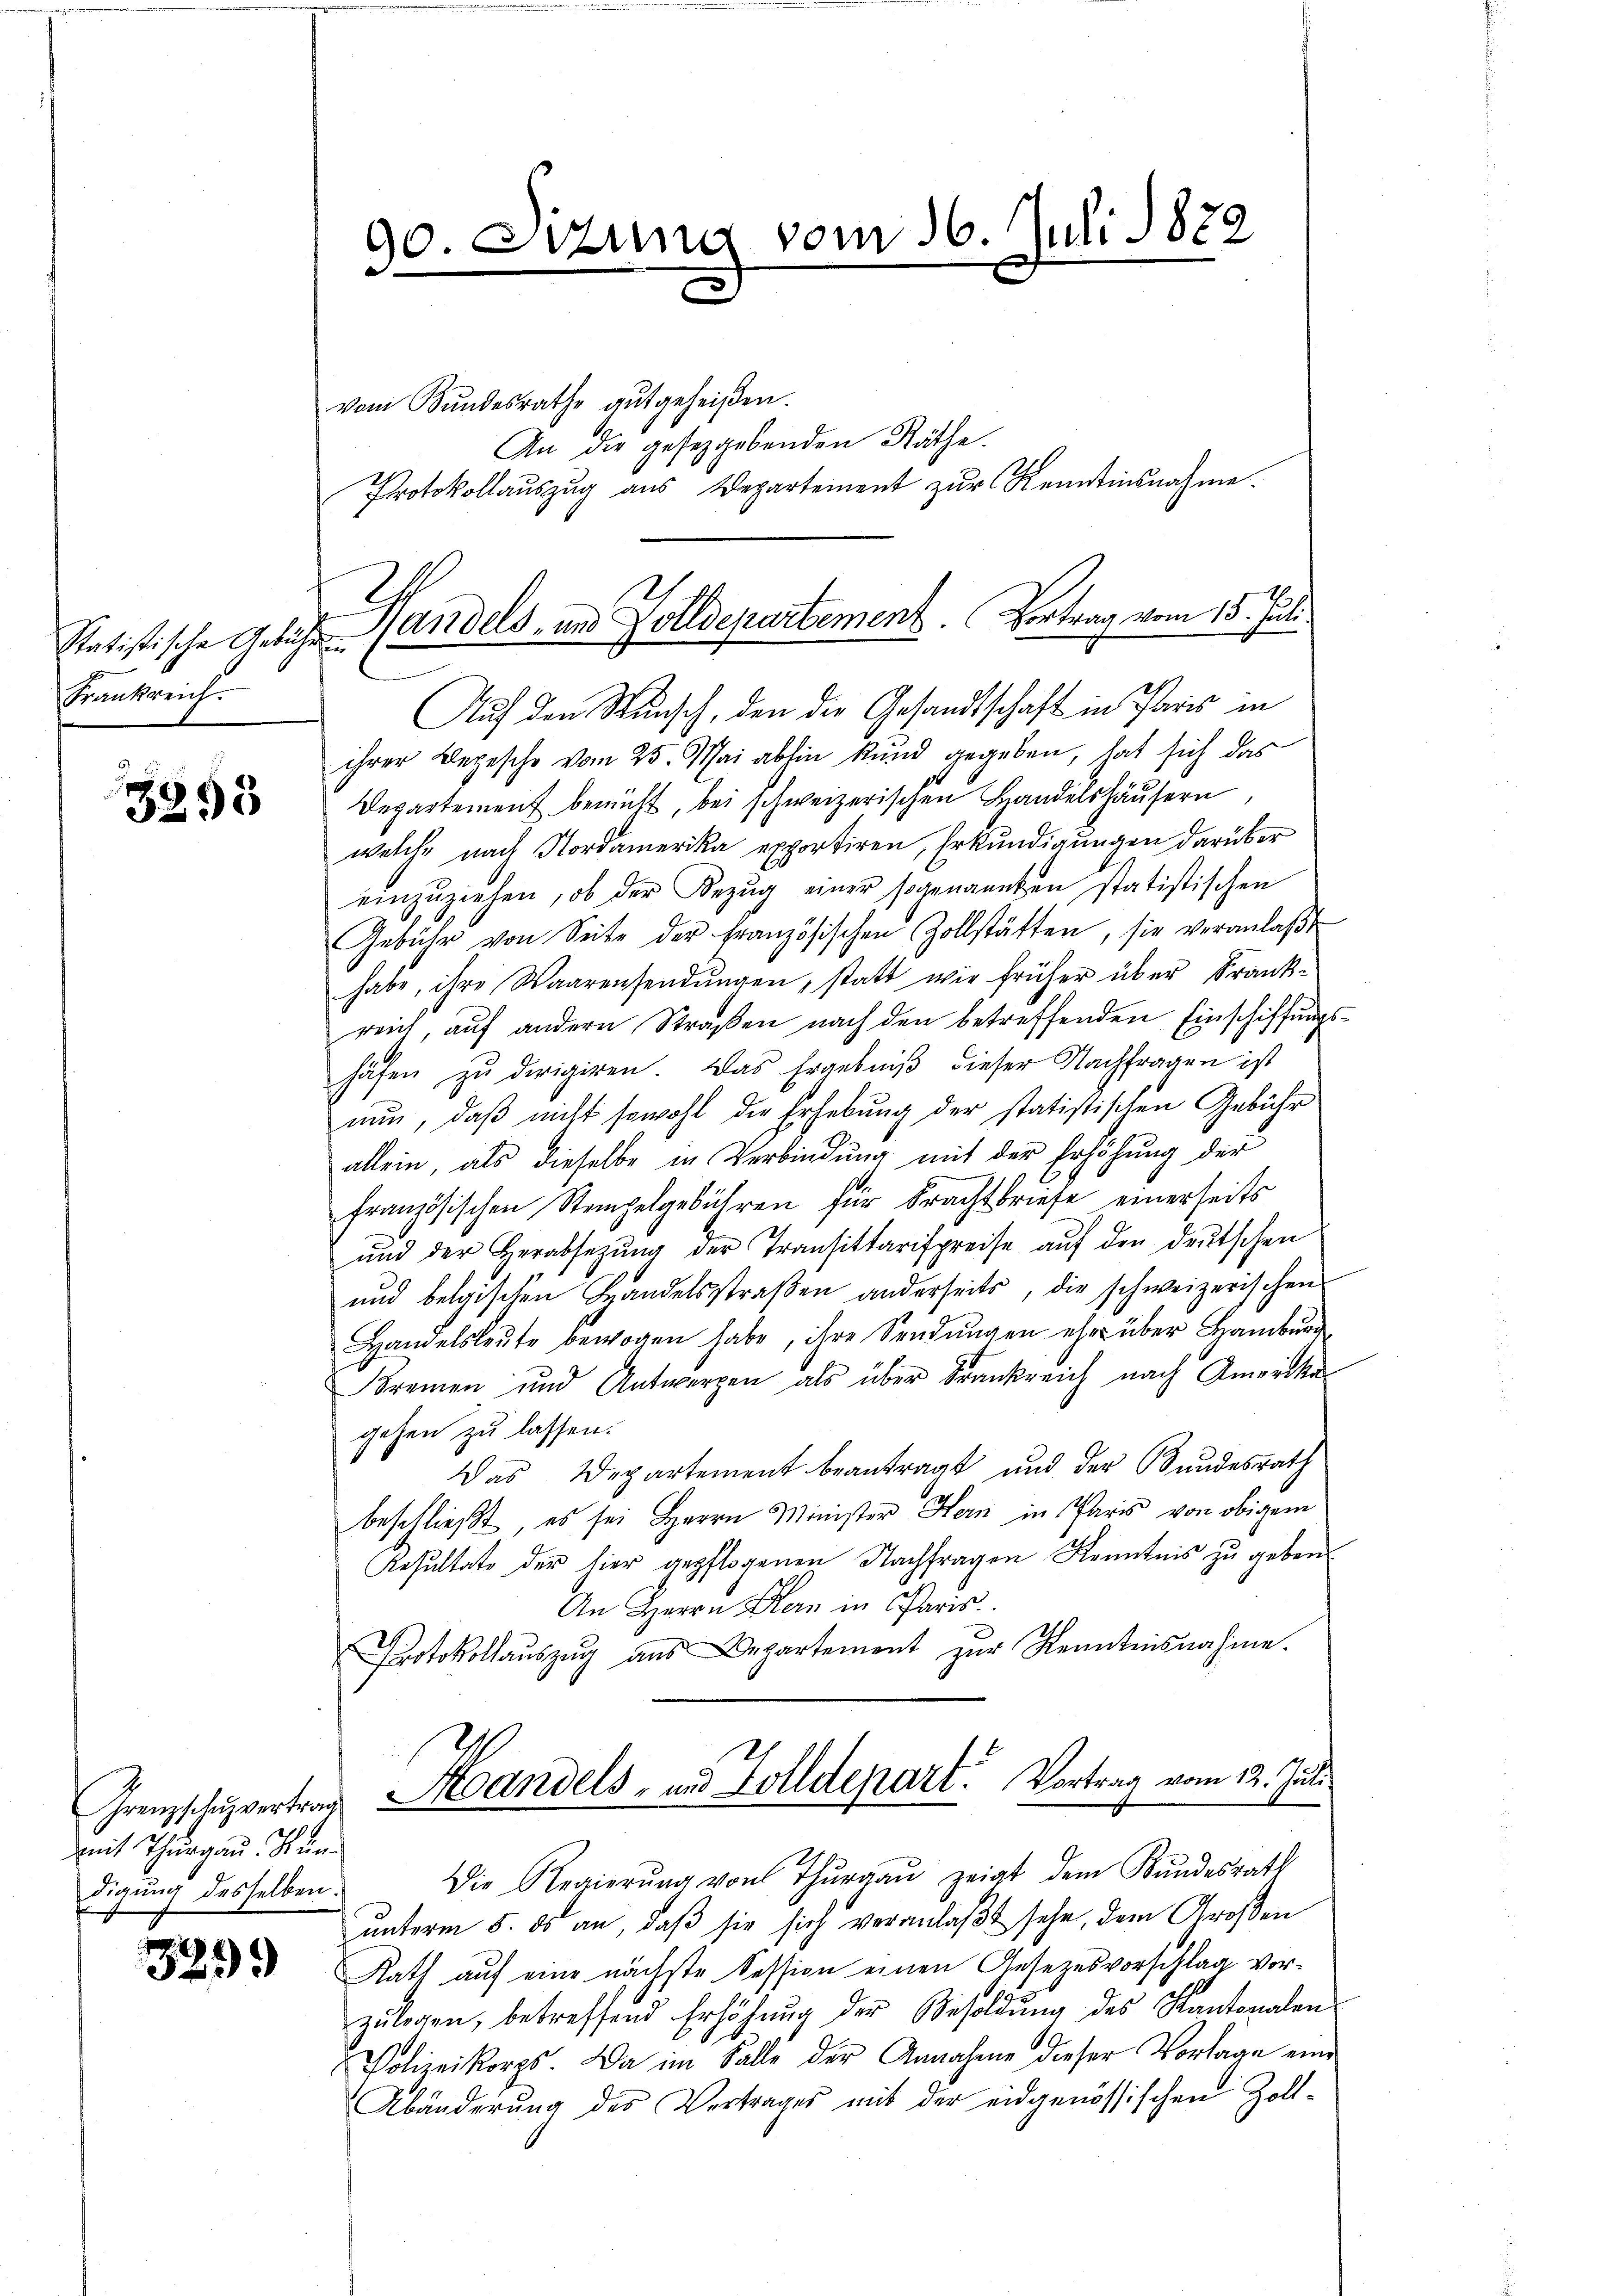
Statistische Gebühr
Frankreich.

3895

mit Thurgau. Stun
digung desselben.

529.

90
-

vom Bundesrathe gutgeheißen.
An die geseggebenden Räthe.
Protokollauszug aus Departement zur Kenntinsnahme.
un
Auf den Wunsch, den die Gesandtschaft in Paris in
ihrer Begesche vom 25. Mai abhin kund gegeben, hat sich das
Departement bemüht, bei schweizerischen Handelshäusern
welche nach Nordamerika exportiren, Erkundigungen darüber
einzŭziehen, ob der Bezŭg einer sogenannten statistischen
Gebühr von Seite der französischen Zollstätten, sie veranlaβt
habe, ihre Waarensendŭngen, statt wie früher über Frank-
reich, auf andern Straβen nach den betreffenden Einschiffung
häfen zu dirigiren. Das Ergebniβ dieser Nachfragen ist
nun, daß nicht sowohl die Erhebung der statistischen Gebühr
allein, als dieselbe in Verbindung mit der Erhöhung der
französischen Stempelgebühren für Frachtbriefe einerseits
ŭnd der Herabsetzŭng der Transittarispreise aŭf den deŭtschen
und belgischen Handelsstraßen anderseits, die schweizerischen
Handelsleŭte bewogen habe, ihre Sendŭngen eher über Hamburg
Bremen und Antworgen als über Frankreich nach Anwicker
gehen zu lassen.
Das Departement beantragt und der Bundesrath
beschließt, es sei Herrn Minister Hern in Paris von obigem
Resultate der hier gepflogenen Nachfragen Kenntnis zu geben.
An Herrn Bern in Paris.
Protokollauszug aus Departement zŭr Kenntnisnahme.
Grenzschulvertrag andels- und Zolldepart. Vortrag vom 12. Juli
Die Regierŭng von Thŭrgaŭ zeigt dem Bundesrath
unterm 5. ds an, daß sie sich veranlaßt sehe, dem Großen
Rath auf eine nächste Session einen Gesezesvorschlag vorzŭlegen, betreffend Erhöhŭng der Besoldŭng des Kantonalen
Polizeikorps. Da im Falle der Annahme dieser Vorlage eine
Abänderung des Vertrages mit der eidgenössischen Zoll-

zung vom 16. Juli 1872
.

Handels- und Zolldepartement. Vortrag vom 15. Juli